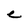
Character: C